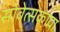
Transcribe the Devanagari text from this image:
सोवेत्सकाया